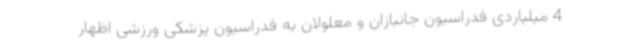
4 میلیاردی فدراسیون جانبازان و معلولان به فدراسیون پزشکی ورزشی اظهار